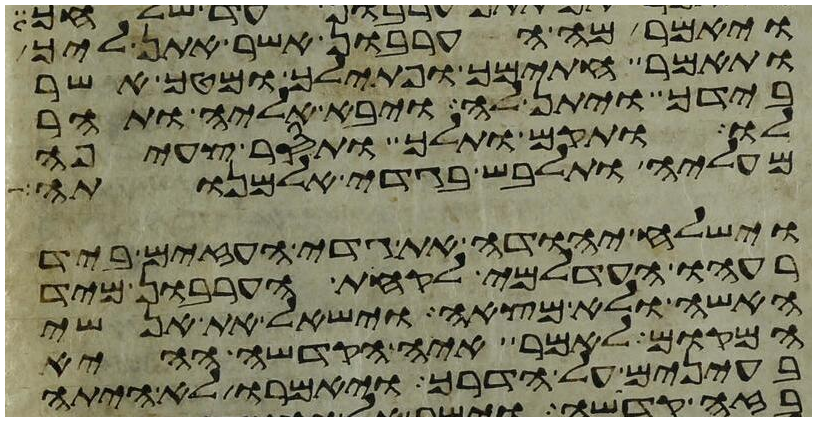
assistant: ויאמר מה הערבון אשר אתן ליך
ותאמר חתימך ופתילך ומטך אשר
בידך ויתן לה ויבא אליה ותהר
לו ותקם ותלך ותסר צעיפה
מעליה ותלבש בגדי אלמנותה
וישלח יהודה את גדי העזים ביד
רעהו העדלמי לקחת הערבון מיד
האשה ולא מצאה וישאל את אנשי
המקום לאמר איה הקדשה ההיא
בעינים על הדרך ויאמרו לא היתה